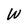
Character: W